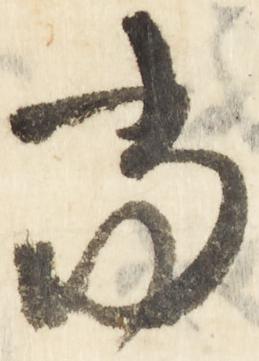
当